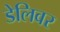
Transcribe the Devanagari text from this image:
डेलिवर